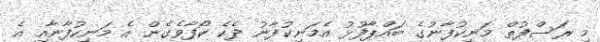
މި ރަސްފުތް މަނިކުފާނުގެ ބައްޕާފުޅު އެމަނިކުފާނު ދެކެ ކޯފާވެގެން އެ މަނިކުފާނާއި އެ